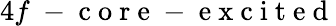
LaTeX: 4f\mathrm{~-~c~o~r~e~-~e~x~c~i~t~e~d~}